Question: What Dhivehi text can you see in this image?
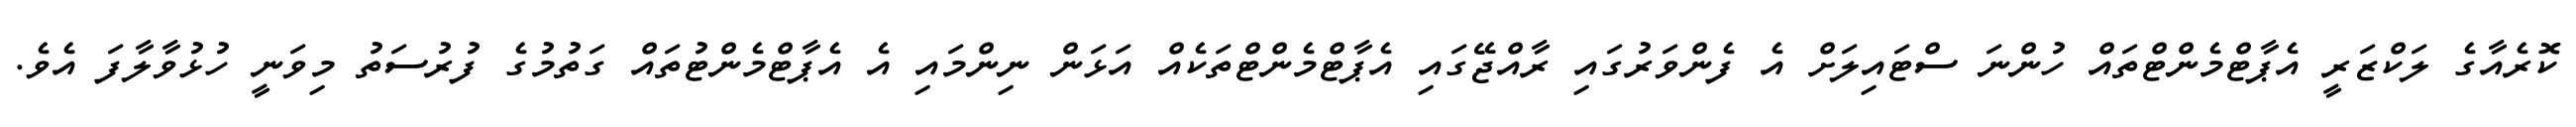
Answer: ކޮރެއާގެ ލަކްޒަރީ އެޕާޓްމެންޓްތައް ހުންނަ ސްޓައިލަށް އެ ފެންވަރުގައި ރާއްޖޭގައި އެޕާޓްމެންޓްތަކެއް އަޅަން ނިންމައި އެ އެޕާޓްމެންޓުތައް ގަތުމުގެ ފުރުސަތު މިވަނީ ހުޅުވާލާފަ އެވެ.